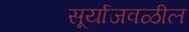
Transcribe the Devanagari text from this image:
सूर्याजवळील